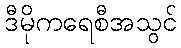
ဒီမိုကရေစီအသွင်